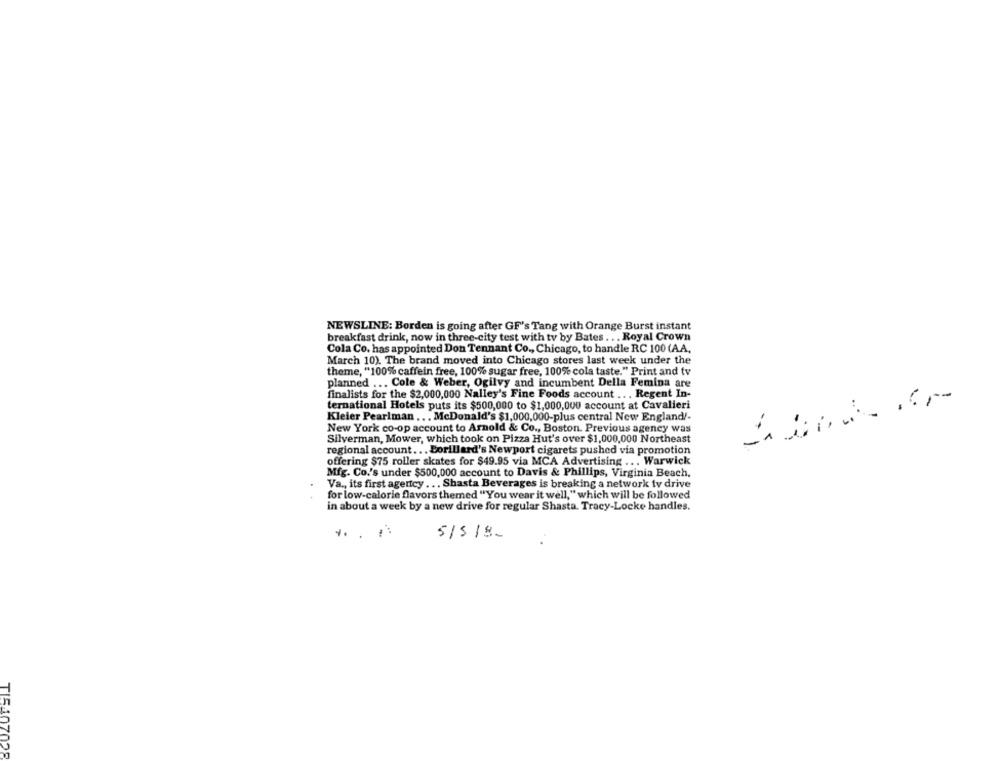
NEWSLINE: Borden is going after GF's Tang with Orange Burst instant
breakfast drink, now in three-city test with tv by Bates . .. Royal Crown
Cola Co. has appointed Don Tennant Co ., Chicago, to handle RC 100 (AA,
March 10). The brand moved into Chicago stores last week under the
theme, "100% caffein free, 100% sugar free, 100% cola taste." Print and tv
planned ... Cole & Weber, Ogilvy and incumbent Della Femina are
finalists for the $2,000,000 Nalley's Fine Foods account ... Regent In-
ternational Hotels puts its $500,000 to $1,000,000 account at Cavalieri
Kleier Pearlman ... McDonald's $1,000,000-plus central New England/-
New York co-op account to Arnold & Co ., Boston. Previous agency was
Silverman, Mower, which took on Pizza Hut's over $1,000,000 Northeast
regional account ... Forillard's Newport cigarets pushed via promotion
offering $75 roller skates for $49.95 via MCA Advertising ... Warwick
Mfg. Co.'s under $500,000 account to Davis & Phillips, Virginia Beach,
Va ., its first agency ... Shasta Beverages is breaking a network tv drive
for low-calorie flavors themed "You wear it well," which will be followed
in about a week by a new drive for regular Shasta. Tracy-Locke handles.
4.
5/518.
TIS40